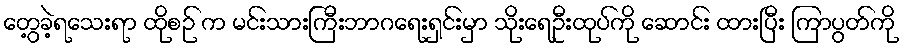
တွေ့ခဲ့ရသေးရာ ထိုစဉ် က မင်းသားကြီးဘာဂရေးရှင်းမှာ သိုးရေဦးထုပ်ကို ဆောင်း ထားပြီး ကြာပွတ်ကို